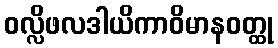
ဝလ္လိဖလဒါယိကာဝိမာနဝတ္ထု